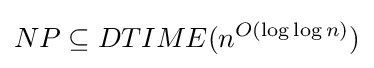
NP\subseteq DTIME(n^{O(\log \log n)})